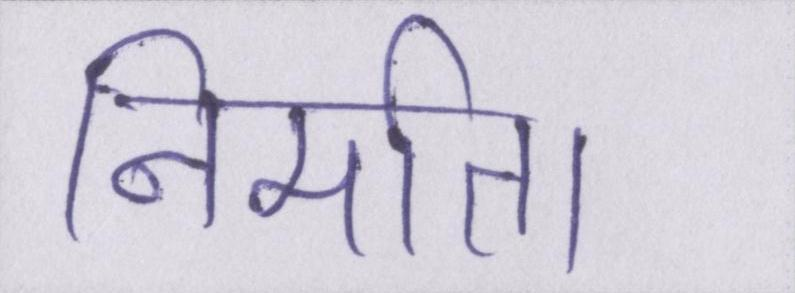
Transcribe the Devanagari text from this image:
निर्माता